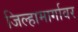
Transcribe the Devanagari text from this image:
जिल्हामार्गावर